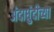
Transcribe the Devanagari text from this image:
अंदाधुंदीच्या